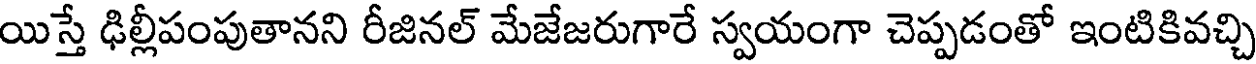
యిస్తే ఢిల్లీపంపుతానని రీజినల్ మేజేజరుగారే స్వయంగా చెప్పడంతో ఇంటికివచ్చి